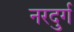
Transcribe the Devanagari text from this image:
नरदुर्ग